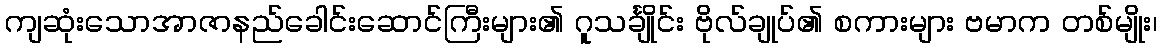
ကျဆုံးသောအာဇာနည်ခေါင်းဆောင်ကြီးများ၏ ဂူသင်္ချိုင်း ဗိုလ်ချုပ်၏ စကားများ ဗမာက တစ်မျိုး၊